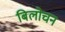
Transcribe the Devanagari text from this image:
बिलोचन